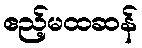
ဧည့်မထဆန်